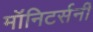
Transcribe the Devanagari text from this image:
मॉनिटर्सनी